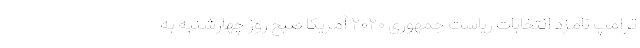
ترامپ نامزد انتخابات ریاست جمهوری ۲۰۲۰ آمریکا صبح روز چهارشنبه به